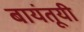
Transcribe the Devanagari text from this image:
बायंतूयी